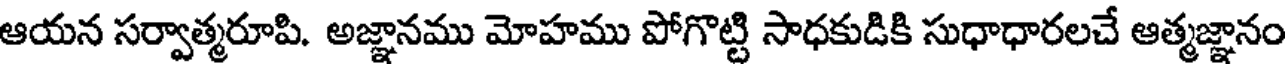
ఆయన సర్వాత్మరూపి. అజ్ఞానము మోహము పోగొట్టి సాధకుడికి సుధాధారలచే ఆత్మజ్ఞానం